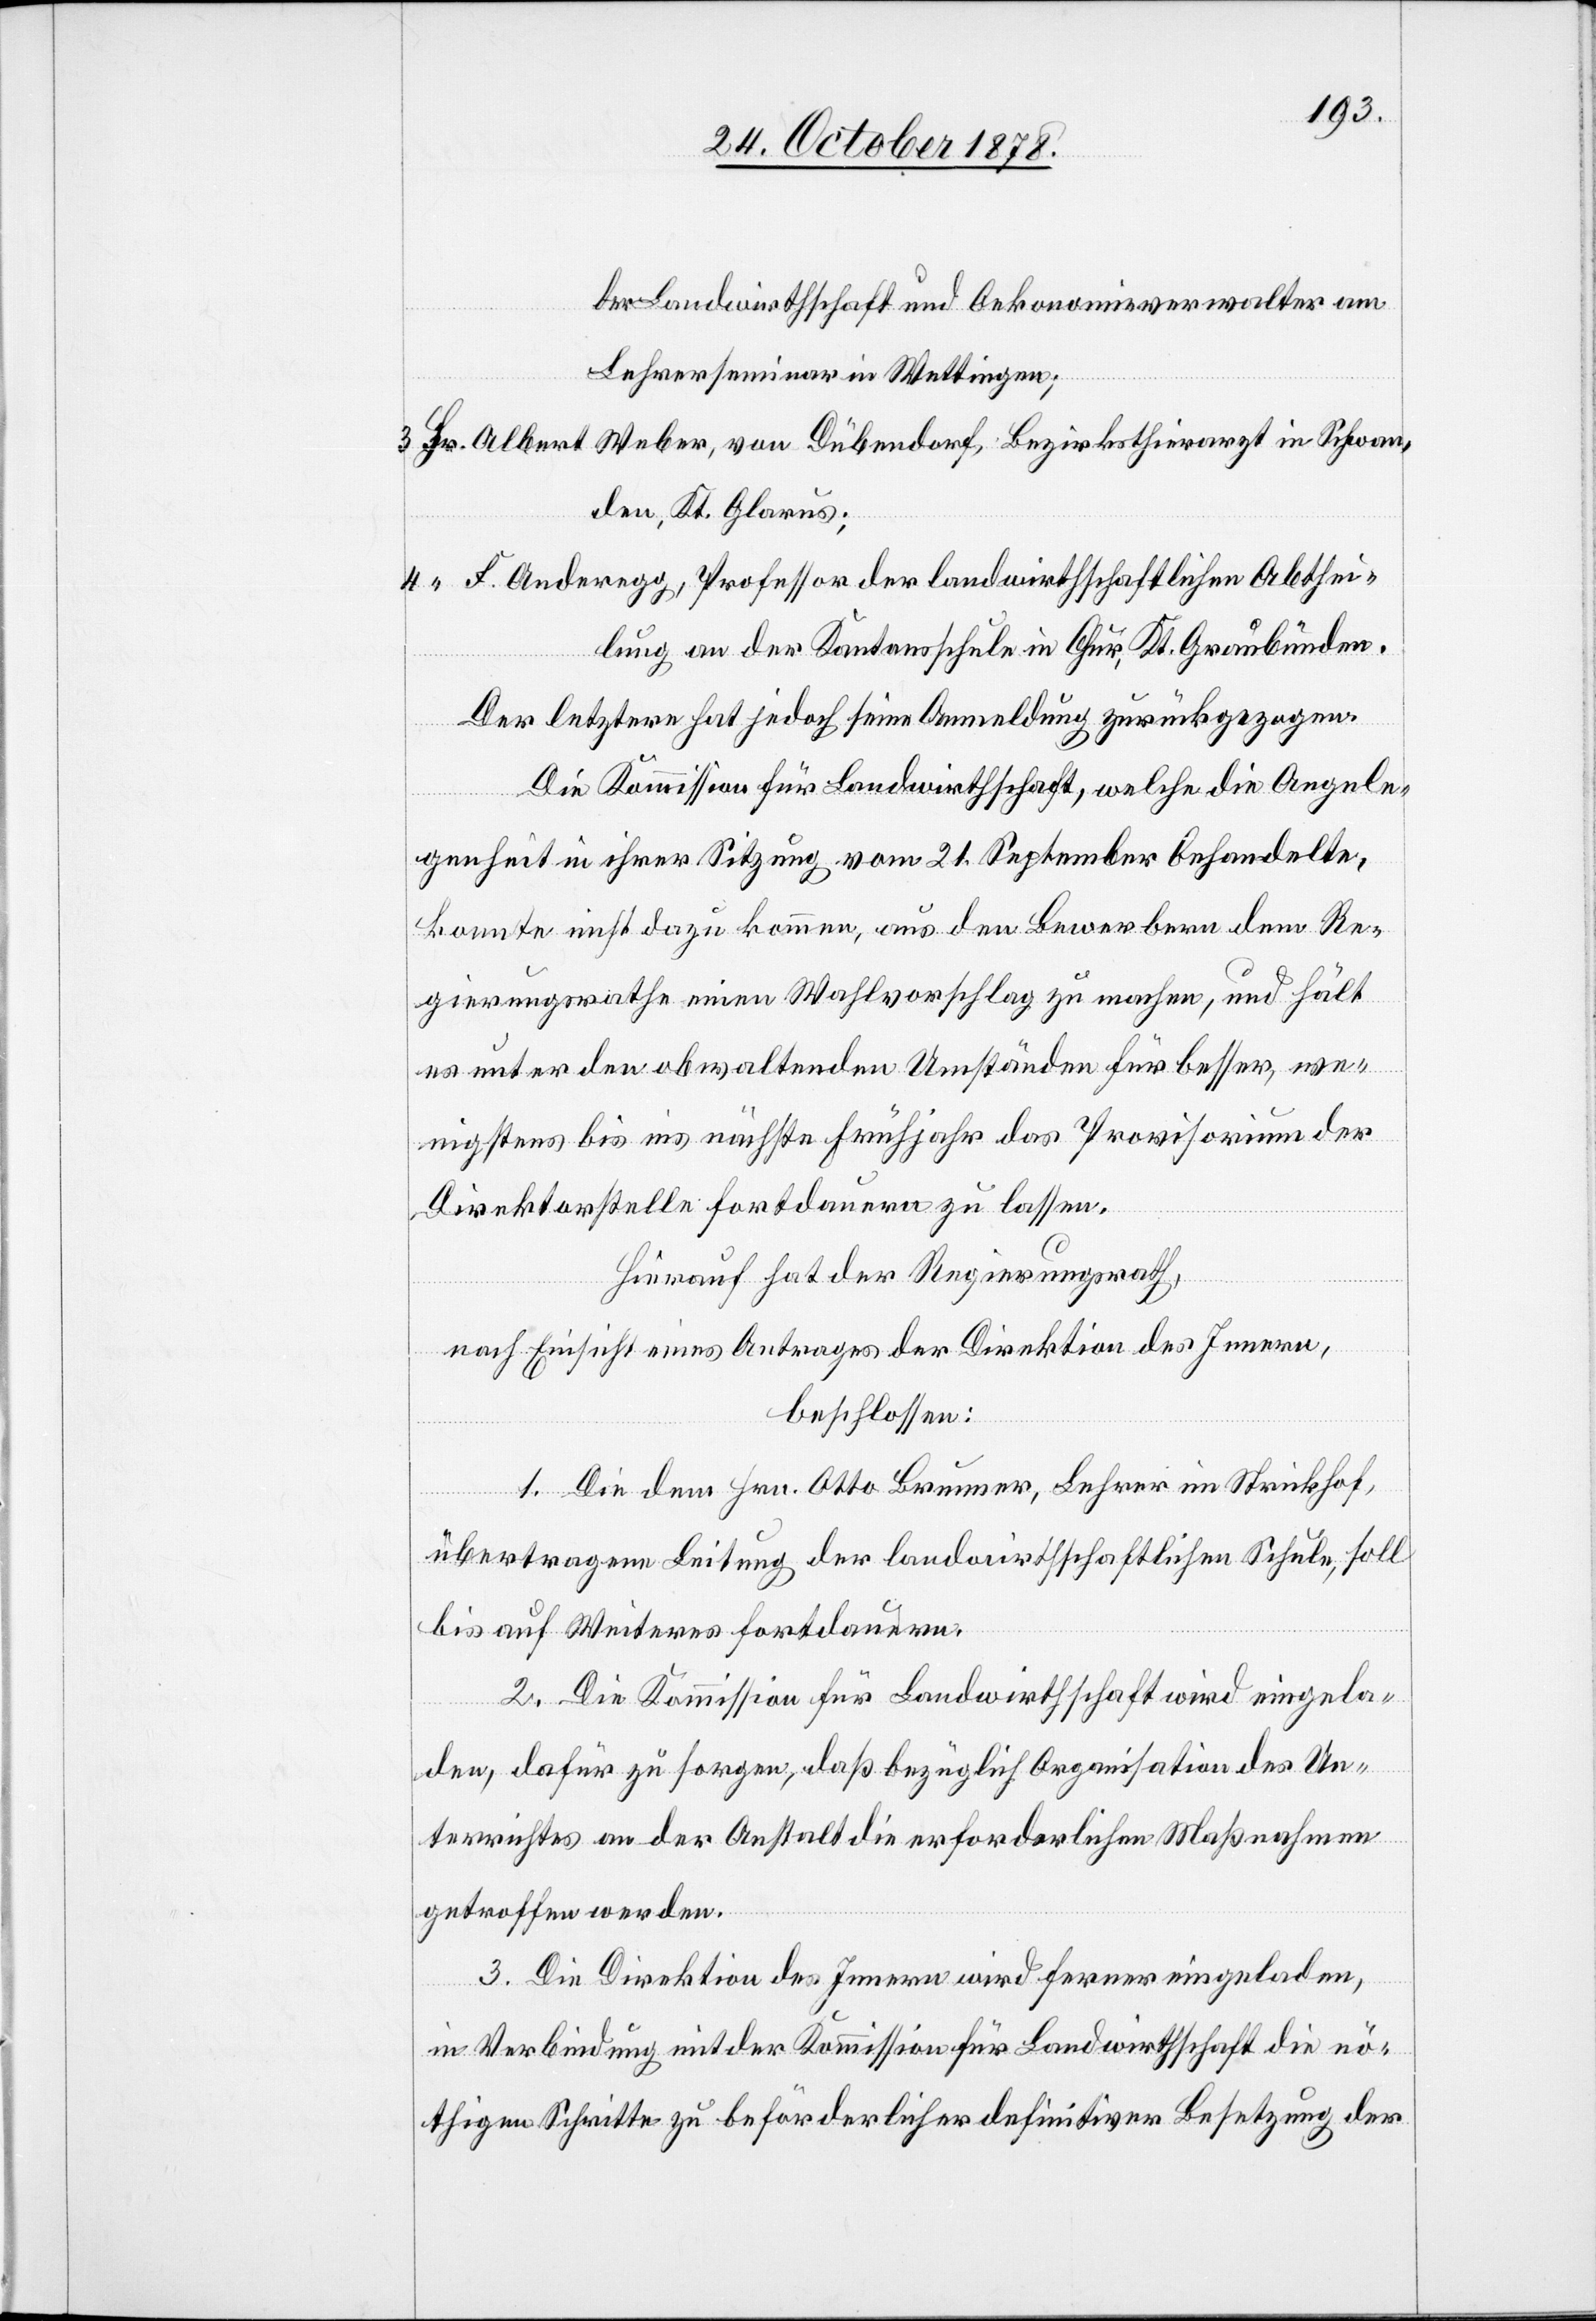
der Landwirthschaft und Oekonomieverwalter am
Lehrerseminar in Wettingen;
3. Hr. Albert Weber, von Dübendorf, Bezirksthierarzt in Schwan¬
den, Kt. Glarus;
“ F. Anderegg, Professor der landwirthschaftlichen Abthei¬
lung an der Kantonsschule in Chur, Kt. Graubünden.
Der letztere hat jedoch seine Anmeldung zurückgezogen.
Die Kommission für Landwirthschaft, welche die Angele¬
genheit in ihrer Sitzung vom 21. September behandelte,
konnte nicht dazu kommen, aus den Bewerbern dem Re¬
gierungsrathe einen Wahlvorschlag zu machen, und hält
es unter den obwaltenden Umständen besser, we¬
nigstens bis ins nächste Frühjahr das Provisorium der
Direktorstelle fortdauern zu lassen.
Hierauf hat der Regierungsrath,
nach Einsicht eines Antrages der Direktion des Innern,
beschlossen:
1. Die dem Hrn. Otto Brunner, Lehrer im Strickhof,
übertragene Leitung der landwirthschaftlichen Schule, soll
bis auf Weiteres fortdauern.
2. Die Kommission für Landwirtschaft wird eingela¬
den, dafür zu sorgen, daß bezüglich Organisation des Un¬
terrichtes an der Anstalt die erforderlichen Maßnahmen
getroffen werden.
3. Die Direktion des Innern wird ferner eingeladen,
in Verbindung mit der Kommission für Landwirthschaft die nö¬
thigen Schritte zu beförderlicher definitiver Besetzung der